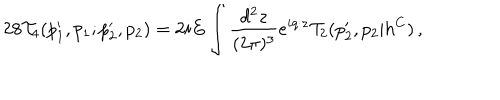
2 8 { \cal T } _ { 4 } ( p _ { 1 } ^ { \prime } , p _ { 1 } ; p _ { 2 } ^ { \prime } , p _ { 2 } ) = 2 i E \int \frac { d ^ { 2 } z } { ( 2 \pi ) ^ { 3 } } e ^ { i q \cdot z } { \cal T } _ { 2 } ( p _ { 2 } ^ { \prime } , p _ { 2 } | h ^ { C } ) \, ,